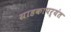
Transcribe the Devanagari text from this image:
ग्राहकापर्यंत